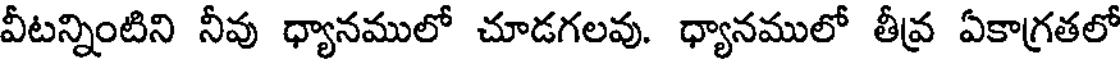
వీటన్నింటిని నీవు ధ్యానములో చూడగలవు. ధ్యానములో తీవ్ర ఏకాగ్రతలో